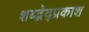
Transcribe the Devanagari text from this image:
शब्द्भेद्प्रकाश